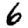
Digit: 6